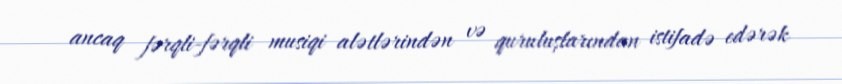
ancaq fərqli-fərqli musiqi alətlərindən və quruluşlarından istifadə edərək